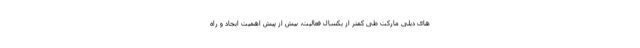
های دیلی مارکت طی کمتر از یکسال فعالیت، بیش از پیش اهمیت ایجاد و راه